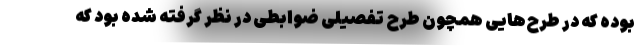
بوده که در طرح‌هایی همچون طرح تفصیلی ضوابطی در نظر گرفته شده بود که